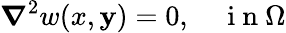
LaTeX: \boldsymbol{\nabla}^{2}w(x,\mathbf{y})=0,\quad\mathrm{{~i~n~}}\Omega